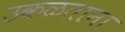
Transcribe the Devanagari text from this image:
उकळताना